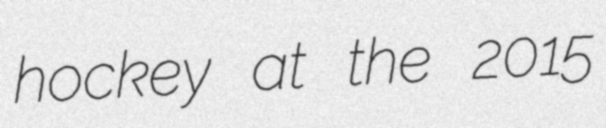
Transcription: hockey at the 2015